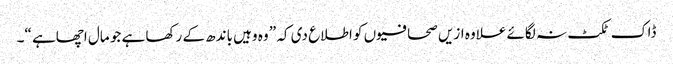
ڈاک ٹکٹ نہ لگائے علاوہ ازیں صحافیوں کو اطلاع دی کہ ” وہ وہیں باندھ کے رکھا ہے جو مال اچھاہے “۔